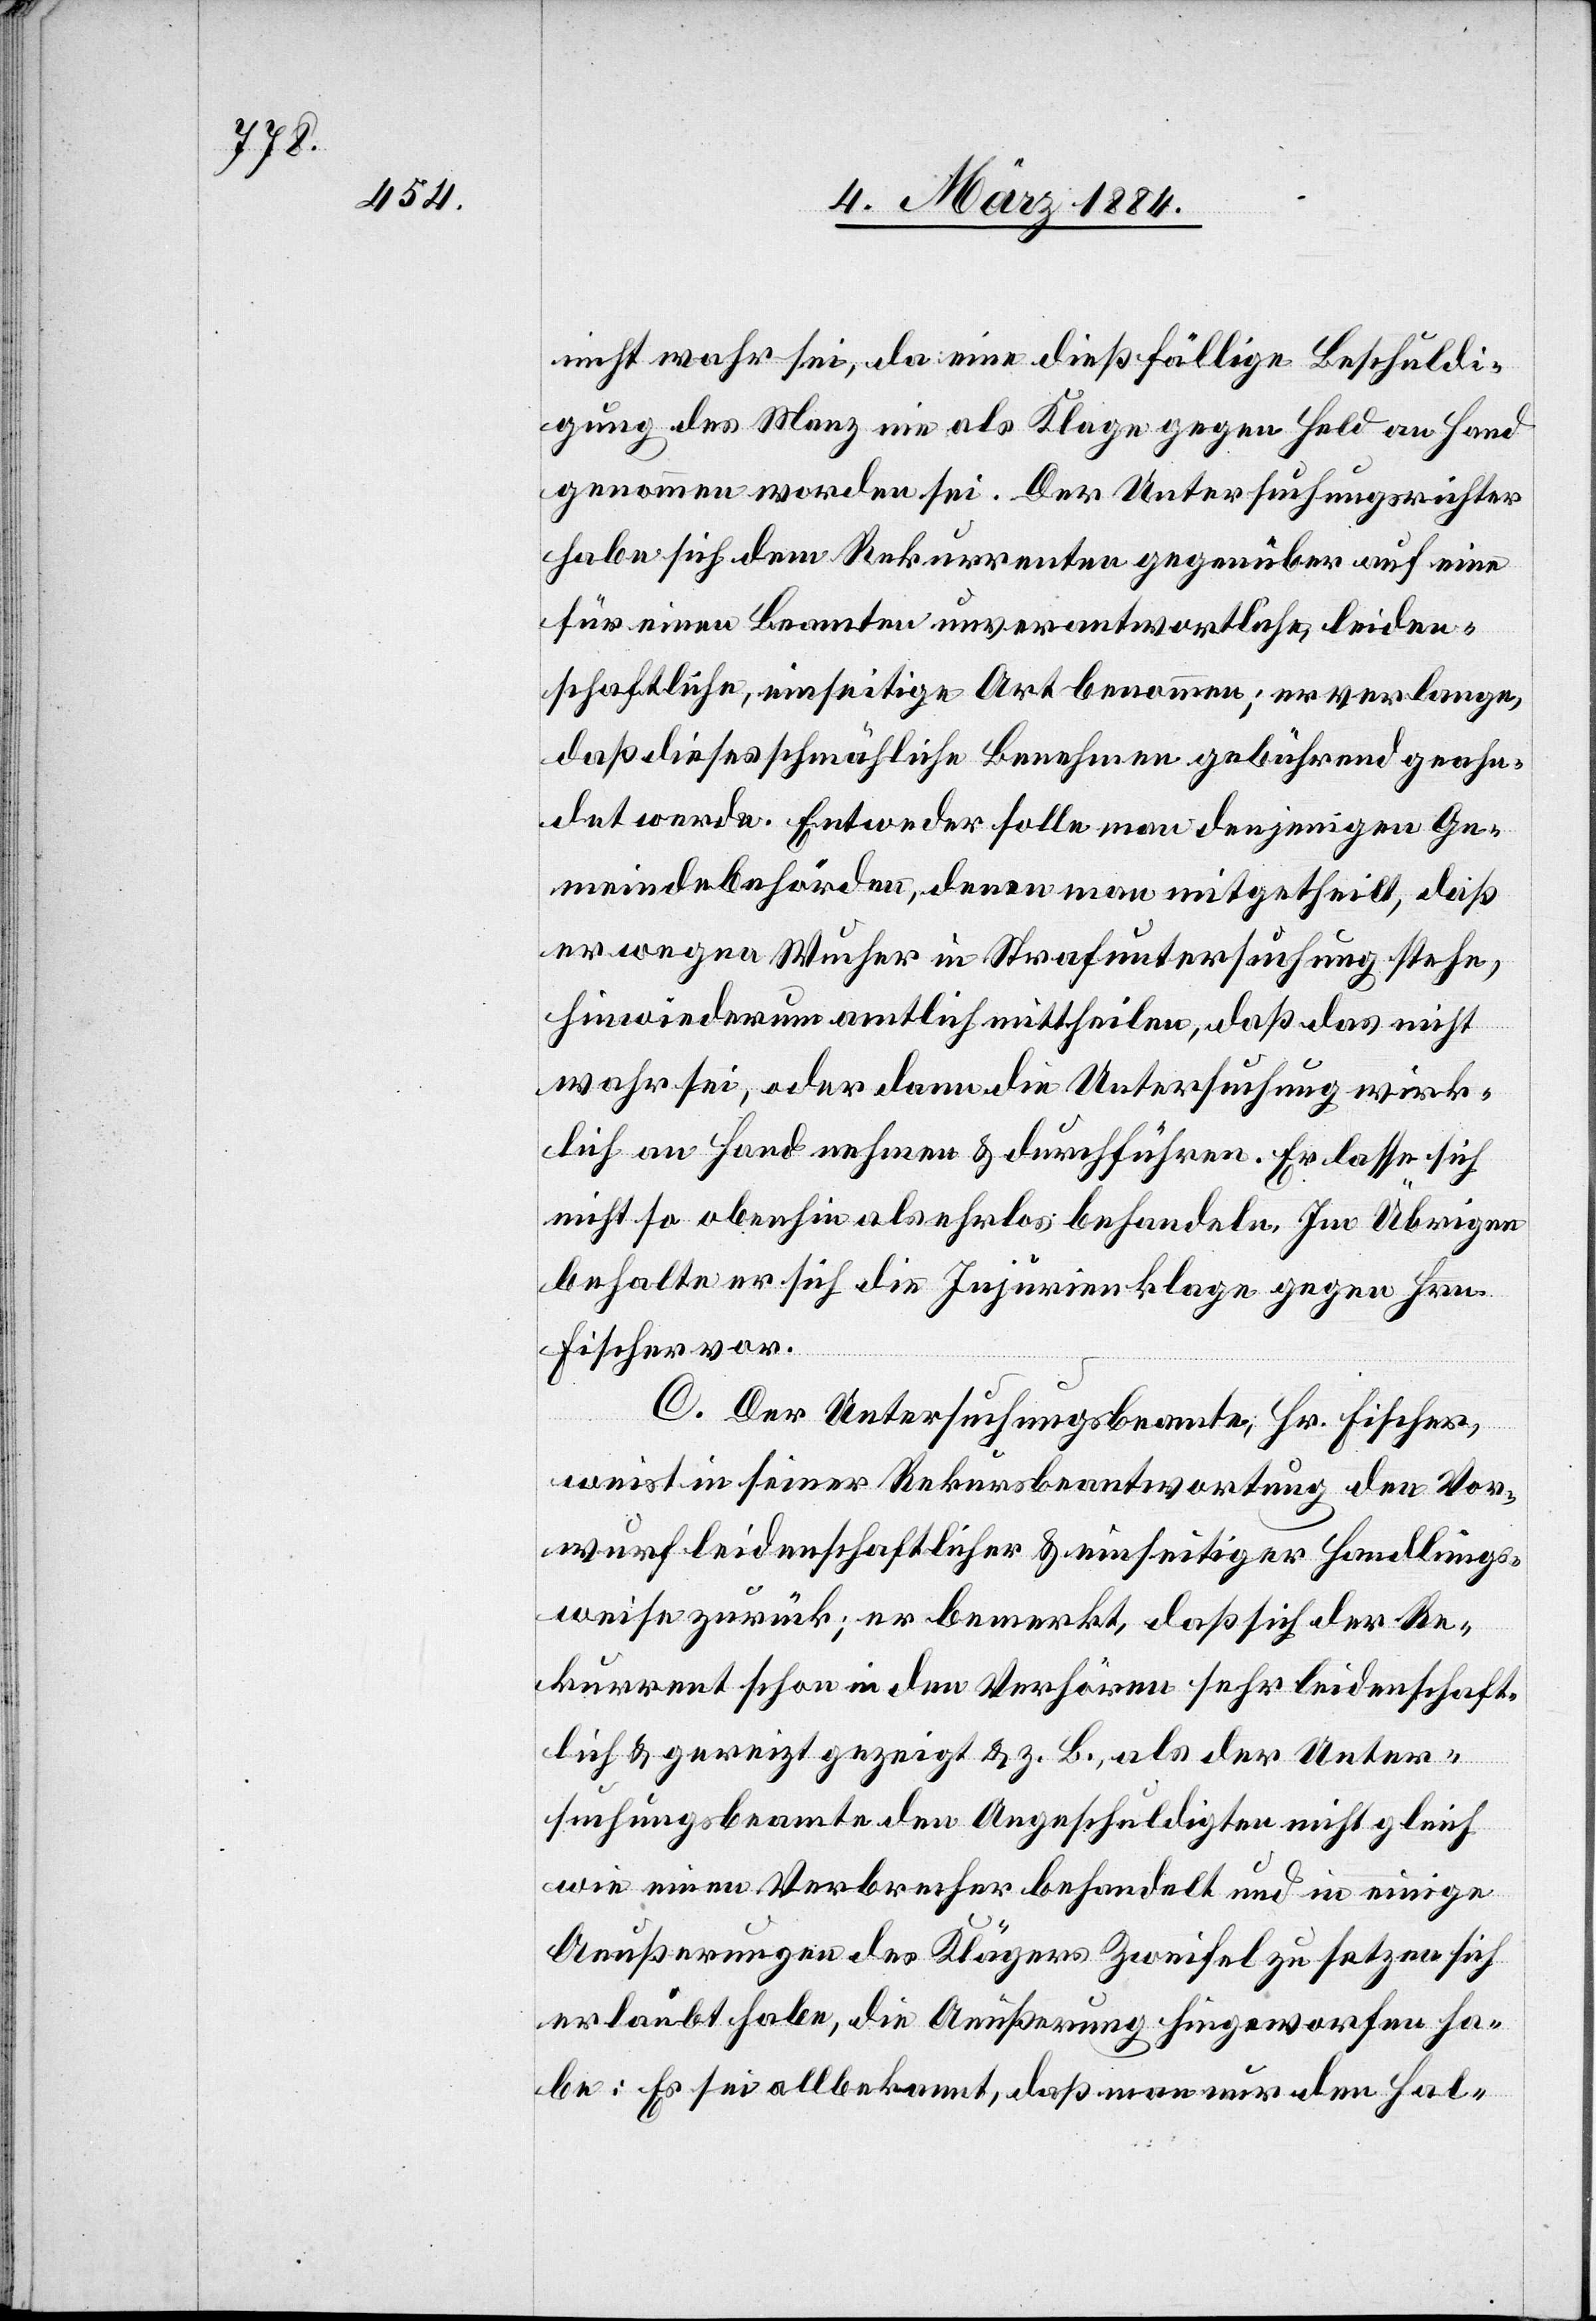
nicht wahr sei, da eine dießfällige Beschuldi¬
gung des Manz nie als Klage gegen Held an Hand
genommen worden sei. Der Untersuchungsrichter
habe sich dem Rekurrenten gegenüber auf eine
für einen Beamten unverantwortliche, leiden¬
schaftliche, einseitige Art benommen; er verlange,
daß dieses schmähliche Benehmen gebührend geahn¬
det werde. Entweder solle man denjenigen Ge¬
meindebehörden, denen man mitgetheilt, daß
er wegen Wucher in Strafuntersuchung stehe,
hinwiederum amtlich mittheilen, daß das nicht
wahr sei, oder dann die Untersuchung wirk¬
lich an Hand nehmen & durchführen. Er lasse sich
nicht so obenhin als ehrlos behandeln. Im Übrigen
behalte er sich die Injurienklage gegen Hrn.
Fischer vor.
C. Der Untersuchungsbeamte, Hr. Fischer,
weist in seiner Rekursbeantwortung den Vor¬
wurf leidenschaftlicher & einseitiger Handlungs¬
weise zurück; er bemerkt, daß sich der Re¬
kurrent schon in den Verhören sehr leidenschaft¬
lich & gereizt gezeigt & z. B., als der Unter¬
suchungsbeamte den Angeschuldigten nicht gleich
wie einen Verbrecher behandelt und in einige
Aeußerungen des Klägers Zweifel zu setzen sich
erlaubt habe, die Aeußerung hingeworfen ha¬
be: Es sei allbekannt, daß man nur den Hal-